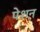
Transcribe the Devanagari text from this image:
पेशन